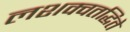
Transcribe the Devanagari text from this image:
लशक्वतद्धिते